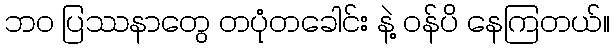
ဘဝ ပြဿနာတွေ တပုံတခေါင်း နဲ့ ဝန်ပိ နေကြတယ်။